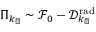
\Pi _ { k _ { \perp } } \sim { \mathcal F } _ { 0 } - { \mathcal D } _ { k _ { \perp } } ^ { \mathrm { r a d } }